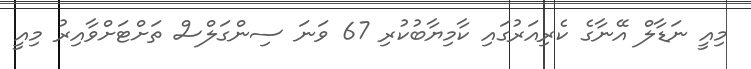
މިއީ ނަޑާލް އޭނާގެ ކެރިއަރުގައި ކާމިޔާބުކުރި 67 ވަނަ ސިންގަލްސް ތަށްޓަށްވާއިރު މިއީ